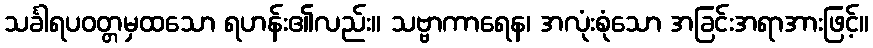
သင်္ခါရပဝတ္တမှထသော ရဟန်း၏လည်း။ သဗ္ဗာကာရေန၊ အလုံးစုံသော အခြင်းအရာအားဖြင့်။